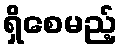
ရှိစေမည့်